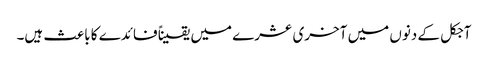
آجکل کے دنوں میں آخری عشرے میں یقیناً فائدے کا باعث ہیں۔